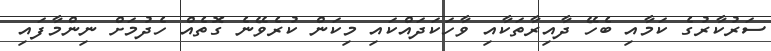
ސަރުކާރުގެ ކަމާއި ބެހޭ ދާއިރާތަކާއި ވާހަކަދައްކައި މިކަން ކުރެވޭނެ ގޮތެއް ހެދުމަށް ނިންމާފައި